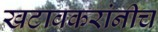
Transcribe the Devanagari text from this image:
खटावकरांनीच